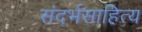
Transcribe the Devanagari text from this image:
संदर्भसाहित्य